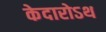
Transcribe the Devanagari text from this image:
केदारोऽथ